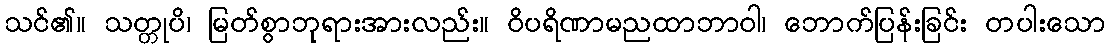
သင်၏။ သတ္တုပိ၊ မြတ်စွာဘုရားအားလည်း။ ဝိပရိဏာမညထာဘာဝါ၊ ဘောက်ပြန်းခြင်း တပါးသော